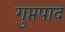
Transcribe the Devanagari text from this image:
गुप्तपाद